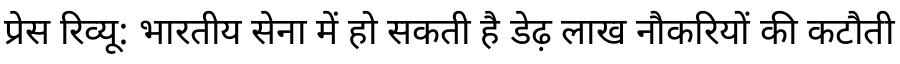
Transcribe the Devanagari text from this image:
प्रेस रिव्यू: भारतीय सेना में हो सकती है डेढ़ लाख नौकरियों की कटौती